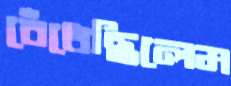
বেঁধেছিলেম